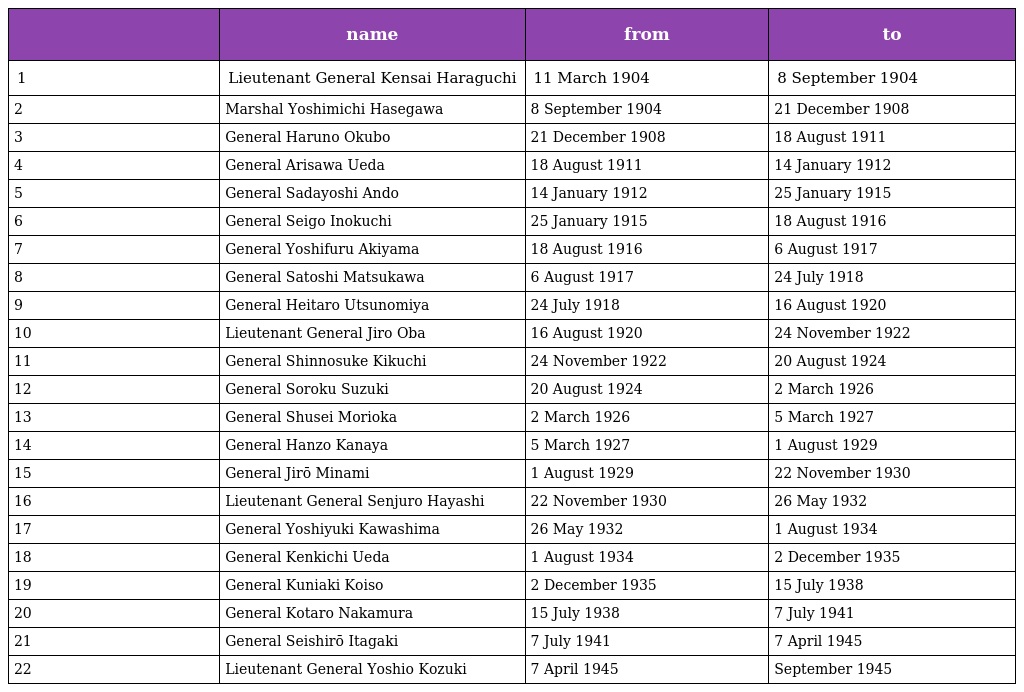
|  | name | from | to |
 | --- | --- | --- | --- |
 | 1 | Lieutenant General Kensai Haraguchi | 11 March 1904 | 8 September 1904 |
 | 2 | Marshal Yoshimichi Hasegawa | 8 September 1904 | 21 December 1908 |
 | 3 | General Haruno Okubo | 21 December 1908 | 18 August 1911 |
 | 4 | General Arisawa Ueda | 18 August 1911 | 14 January 1912 |
 | 5 | General Sadayoshi Ando | 14 January 1912 | 25 January 1915 |
 | 6 | General Seigo Inokuchi | 25 January 1915 | 18 August 1916 |
 | 7 | General Yoshifuru Akiyama | 18 August 1916 | 6 August 1917 |
 | 8 | General Satoshi Matsukawa | 6 August 1917 | 24 July 1918 |
 | 9 | General Heitaro Utsunomiya | 24 July 1918 | 16 August 1920 |
 | 10 | Lieutenant General Jiro Oba | 16 August 1920 | 24 November 1922 |
 | 11 | General Shinnosuke Kikuchi | 24 November 1922 | 20 August 1924 |
 | 12 | General Soroku Suzuki | 20 August 1924 | 2 March 1926 |
 | 13 | General Shusei Morioka | 2 March 1926 | 5 March 1927 |
 | 14 | General Hanzo Kanaya | 5 March 1927 | 1 August 1929 |
 | 15 | General Jirō Minami | 1 August 1929 | 22 November 1930 |
 | 16 | Lieutenant General Senjuro Hayashi | 22 November 1930 | 26 May 1932 |
 | 17 | General Yoshiyuki Kawashima | 26 May 1932 | 1 August 1934 |
 | 18 | General Kenkichi Ueda | 1 August 1934 | 2 December 1935 |
 | 19 | General Kuniaki Koiso | 2 December 1935 | 15 July 1938 |
 | 20 | General Kotaro Nakamura | 15 July 1938 | 7 July 1941 |
 | 21 | General Seishirō Itagaki | 7 July 1941 | 7 April 1945 |
 | 22 | Lieutenant General Yoshio Kozuki | 7 April 1945 | September 1945 |